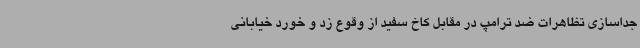
جداسازی تظاهرات ضد ترامپ در مقابل کاخ سفید از وقوع زد و خورد خیابانی